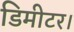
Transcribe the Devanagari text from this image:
डिमीटर।